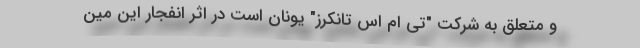
و متعلق به شرکت "تی‌ ام اس تانکرز" یونان است در اثر انفجار این مین